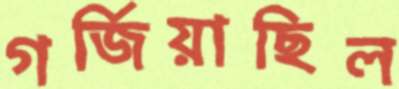
গর্জিয়াছিল